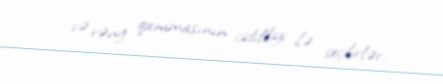
və rəng qammasının ciddiliyi ilə seçilirlər.